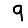
Digit: 9